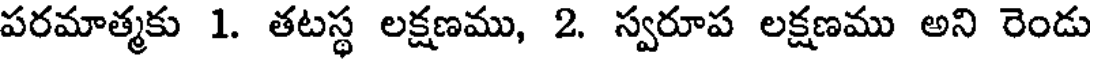
పరమాత్మకు 1. తటస్థ లక్షణము, 2. స్వరూప లక్షణము అని రెండు